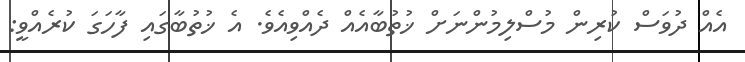
އެއް ދުވަސް ކުރިން މުސްލިމުންނަށް ޚުތުބާއެއް ދެއްވިއެވެ. އެ ޚުތުބާގައި ފާހަގަ ކުރެއްވީ: